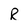
Character: r